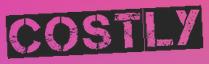
COSTLY